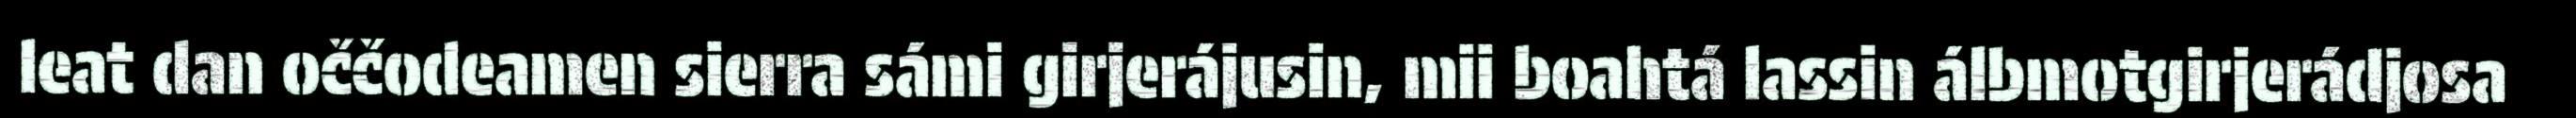
leat dan oččodeamen sierra sámi girjerájusin, mii boahtá lassin álbmotgirjerádjosa